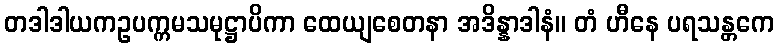
တဒါဒါယကဥပက္ကမသမုဋ္ဌာပိကာ ထေယျစေတနာ အဒိန္နာဒါနံ။ တံ ဟီနေ ပရသန္တကေ